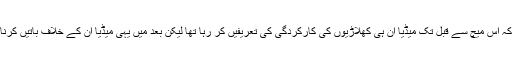
ان کا کہنا تھا کہ اس میچ سے قبل تک میڈیا ان ہی کھلاڑیوں کی کارکردگی کی تعریفیں کر رہا تھا لیکن بعد میں یہی میڈیا ان کے خلاف باتیں کرنا شروع ہو گیا۔